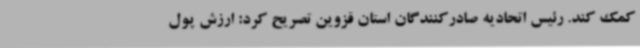
کمک کند. رئیس اتحادیه صادرکنندگان استان قزوین تصریح کرد: ارزش پول